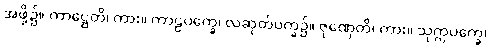
အဖို့၌။ ကာဋ္ဌေတိ၊ ကား။ ကာဠပက္ခေ၊ လဆုတ်ပက္ခ၌။ ဇုဏှေတိ၊ ကား။ သုက္ကပက္ခေ၊